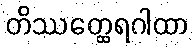
တိဿတ္ထေရဂါထာ